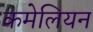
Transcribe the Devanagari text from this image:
कमेलियन